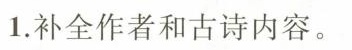
1.补全作者和古诗内容。